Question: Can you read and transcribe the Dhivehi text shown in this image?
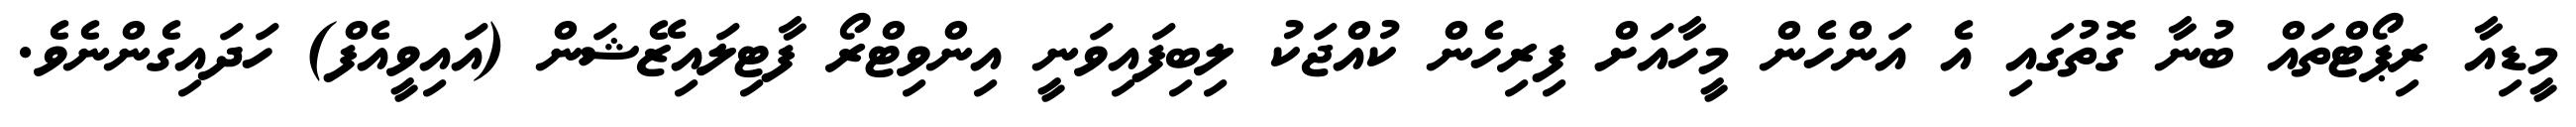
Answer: މީޑިއާ ރިޕޯޓްތައް ބުނާ ގޮތުގައި އެ އަންހެން މީހާއަށް ފިރިހެން ކުއްޖަކު ލިބިފައިވަނީ އިންވިޓްރޯ ފާޓިލައިޒޭޝަން (އައިވީއެފް) ހަދައިގެންނެވެ.